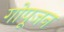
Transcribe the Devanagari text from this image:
गोपूजन